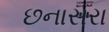
છનાસરા